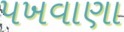
પખવાણા